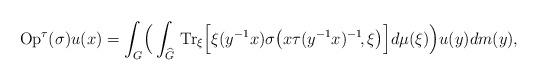
LaTeX: \begin{align*}{\rm Op}^\tau(\sigma)u(x)=\int_G\!\Big(\int_{\widehat{G}}\,{\rm Tr}_\xi\Big[\xi(y^{-1}x)\sigma\big(x\tau(y^{-1}x)^{-1}\!,\xi\big)\Big]d\mu(\xi)\Big)u(y)dm(y),\end{align*}